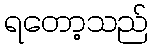
ရတော့သည်